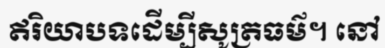
ឥរិយាបទដើម្បីសូត្រធម៌។ នៅ